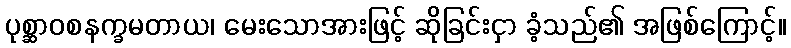
ပုစ္ဆာဝစနက္ခမတာယ၊ မေးသောအားဖြင့် ဆိုခြင်းငှာ ခံ့သည်၏ အဖြစ်ကြောင့်။